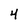
Character: 4